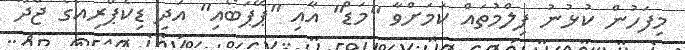
މިފަހުން ކުޅުނު ފިލްމުތައް ކަމަށްވާ "މަޑް" އާއި "ޕޭޕަބޯއި" އަދި ޑިކެޕްރިއޯގެ ޖާދޫ